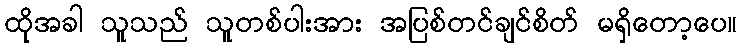
ထိုအခါ သူသည် သူတစ်ပါးအား အပြစ်တင်ချင်စိတ် မရှိတော့ပေ။